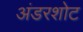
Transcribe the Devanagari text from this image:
अंडरशोट